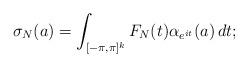
LaTeX: \begin{align*}\sigma_N(a)=\int_{[-\pi,\pi]^k} F_N(t) \alpha_{e^{it}}(a)\,dt;\end{align*}